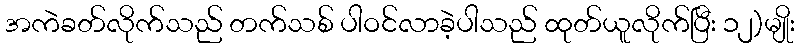
အကဲခတ်လိုက်သည် တက်သစ် ပါဝင်လာခဲ့ပါသည် ထုတ်ယူလိုက်ပြီး ၁၂)မျိုး